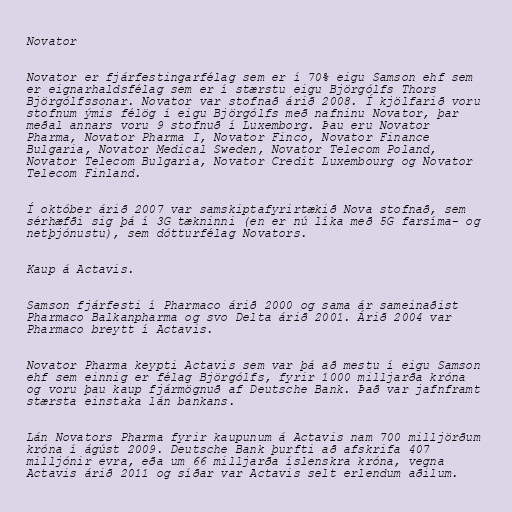
Novator

Novator er fjárfestingarfélag sem er í 70% eigu Samson ehf sem
er eignarhaldsfélag sem er í stærstu eigu Björgólfs Thors
Björgólfssonar. Novator var stofnað árið 2008. Í kjölfarið voru
stofnum ýmis félög í eigu Björgólfs með nafninu Novator, þar
meðal annars voru 9 stofnuð í Luxemborg. Þau eru Novator
Pharma, Novator Pharma I, Novator Finco, Novator Finance
Bulgaria, Novator Medical Sweden, Novator Telecom Poland,
Novator Telecom Bulgaria, Novator Credit Luxembourg og Novator
Telecom Finland.

Í október árið 2007 var samskiptafyrirtækið Nova stofnað, sem
sérhæfði sig þá í 3G tækninni (en er nú líka með 5G farsíma- og
netþjónustu), sem dótturfélag Novators.

Kaup á Actavis.

Samson fjárfesti í Pharmaco árið 2000 og sama ár sameinaðist
Pharmaco Balkanpharma og svo Delta árið 2001. Árið 2004 var
Pharmaco breytt í Actavis.

Novator Pharma keypti Actavis sem var þá að mestu í eigu Samson
ehf sem einnig er félag Björgólfs, fyrir 1000 milljarða króna
og voru þau kaup fjármögnuð af Deutsche Bank. Það var jafnframt
stærsta einstaka lán bankans.

Lán Novators Pharma fyrir kaupunum á Actavis nam 700 milljörðum
króna í ágúst 2009. Deutsche Bank þurfti að afskrifa 407
milljónir evra, eða um 66 milljarða íslenskra króna, vegna
Actavis árið 2011 og síðar var Actavis selt erlendum aðilum.